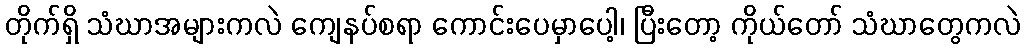
တိုက်ရှိ သံဃာအများကလဲ ကျေနပ်စရာ ကောင်းပေမှာပေါ့၊ ပြီးတော့ ကိုယ်တော် သံဃာတွေကလဲ